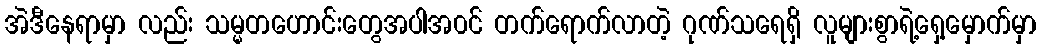
အဲဒီနေရာမှာ လည်း သမ္မတဟောင်းတွေအပါအ၀င် တက်ရောက်လာတဲ့ ဂုဏ်သရေရှိ လူများစွာရဲ့ရှေ့မှောက်မှာ